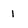
Character: I